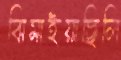
ঝিমাইয়াছিলি